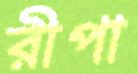
রীপা